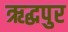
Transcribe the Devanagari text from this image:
ऋद्धपुर